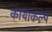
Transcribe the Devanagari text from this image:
कायाकल्‍प